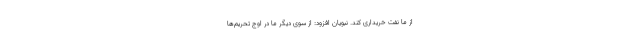
از ما نفت خریداری کند. نبویان افزود: از سوی دیگر ما در اوج تحریم‌ها